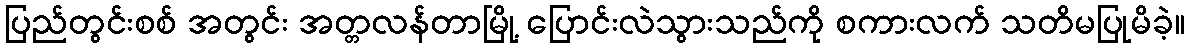
ပြည်တွင်းစစ် အတွင်း အတ္တလန်တာမြို့ ပြောင်းလဲသွားသည်ကို စကားလက် သတိမပြုမိခဲ့။